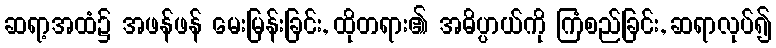
ဆရာ့အထံ၌ အဖန်ဖန် မေးမြန်းခြင်း, ထိုတရား၏ အဓိပ္ပာယ်ကို ကြံစည်ခြင်း, ဆရာလုပ်၍